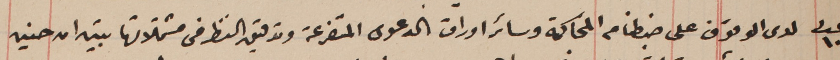
عدد ١٠٨ لدى الوقوف على ضبطنا من المحاكمة وسائر اوراق الدعوى المتفرعة وتدقيق النظر فى مشتملاتها تبين ان حسين